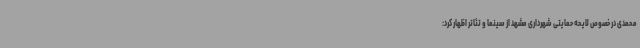
محمدی در خصوص لایحه حمایتی شهرداری مشهد از سینما و تئاتر اظهار کرد: